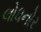
લોધનોર